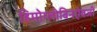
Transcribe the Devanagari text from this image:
हिमोग्लोबिनऐवजी